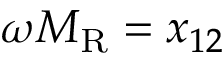
\omega M _ { \mathrm { R } } = x _ { 1 2 }